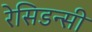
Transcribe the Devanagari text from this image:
रेसिडन्सी